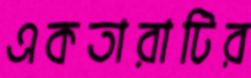
একতারাটির